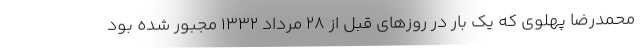
محمدرضا پهلوی که یک بار در روزهای قبل از ۲۸ مرداد ۱۳۳۲ مجبور شده بود